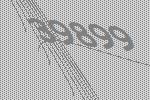
39899